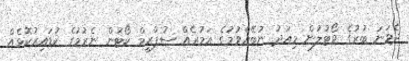
ދެވަނަ ބުރުގެ ވޯޓުލުން މިއަދު ނުބޭއްވުމުގެ އަމުރެއް ސުޕްރީމް ކޯޓުން ނެރުމުގެ ކުޑައިރުކޮޅެއް